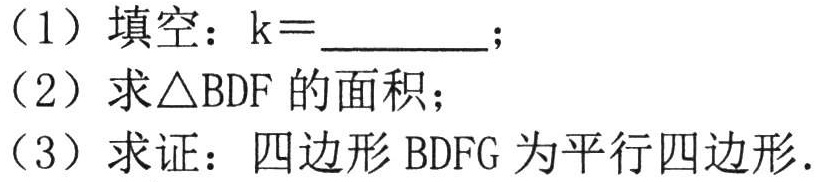
（1）填空：\(k = \underline{\ \ \ \ \ \ }\)；
（2）求\(\triangle BDF\) 的面积；
（3）求证：四边形 \(BDFG\) 为平行四边形.